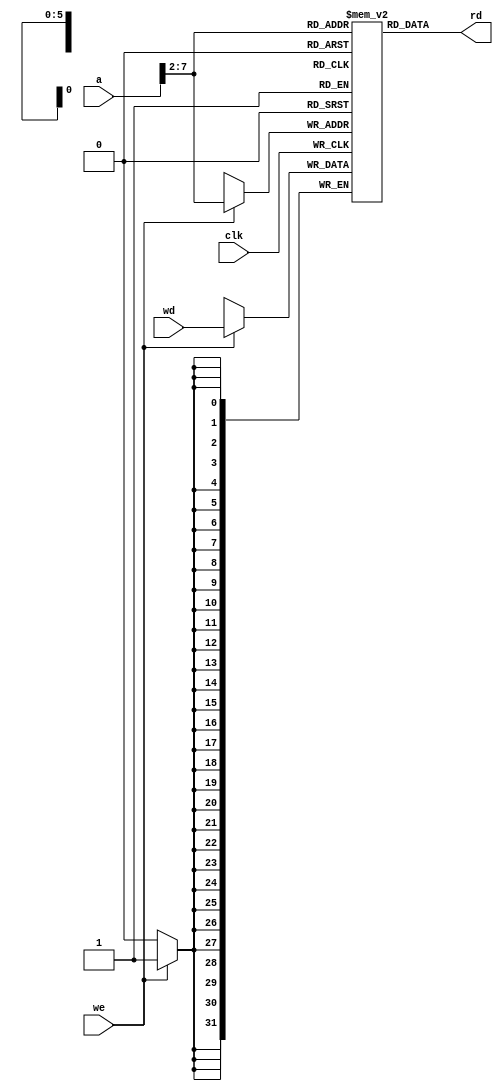
module dmem (
	clk,
	we,
	a,
	wd,
	rd
);
	input wire clk;
	input wire we;
	input wire [31:0] a;
	input wire [31:0] wd;
	output wire [31:0] rd;
	reg [31:0] RAM [63:0];
	assign rd = RAM[a[31:2]];
	always @(posedge clk)
		if (we)
			RAM[a[31:2]] <= wd;
endmodule